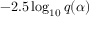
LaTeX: - 2 . 5 \log _ { 1 0 } { q ( \alpha ) }